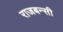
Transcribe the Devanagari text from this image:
राजबन्सी